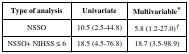
| Type of analysis | Univariate | Multivariable* |
 | --- | --- | --- |
 | NSSO | 10.5 (2.5-44.8) | 5.8 (1.2-27.0)† |
 | NSSO+ NIHSS ≤ 6 | 18.5 (4.5-76.8) | 18.7 (3.5-98.9) |